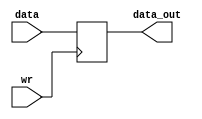
module reg1(data, wr, data_out);

input wire data;
input wire wr;
output reg data_out;

initial begin
	data_out <= 0;
end

always @ (posedge wr) begin
	data_out <= data;
end

endmodule